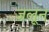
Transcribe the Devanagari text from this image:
जलून